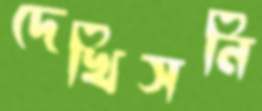
দেখিসনি